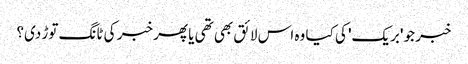
خبر جو 'بریک' کی کیا وہ اس لائق بھی تھی یا پھر خبر کی ٹانگ توڑ دی؟